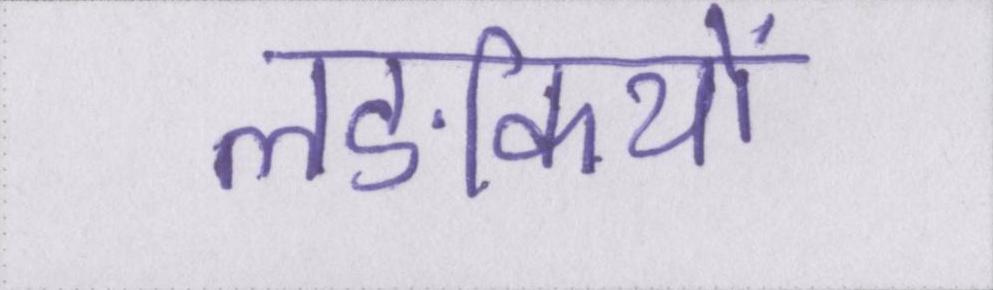
लङकियों